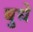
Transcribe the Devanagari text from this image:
बुधे